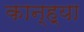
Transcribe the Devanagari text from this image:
कान्ह्या